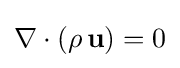
\nabla \cdot (\rho \,\mathbf {u} )=0